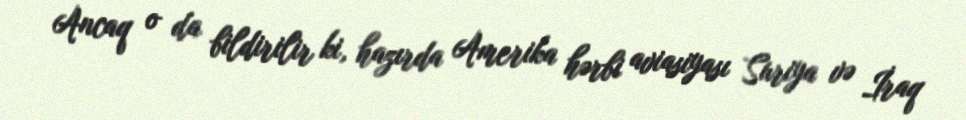
Ancaq o da bildirilir ki, hazırda Amerika hərbi aviasiyası Suriya və İraq